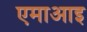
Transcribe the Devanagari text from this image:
एमाआइ